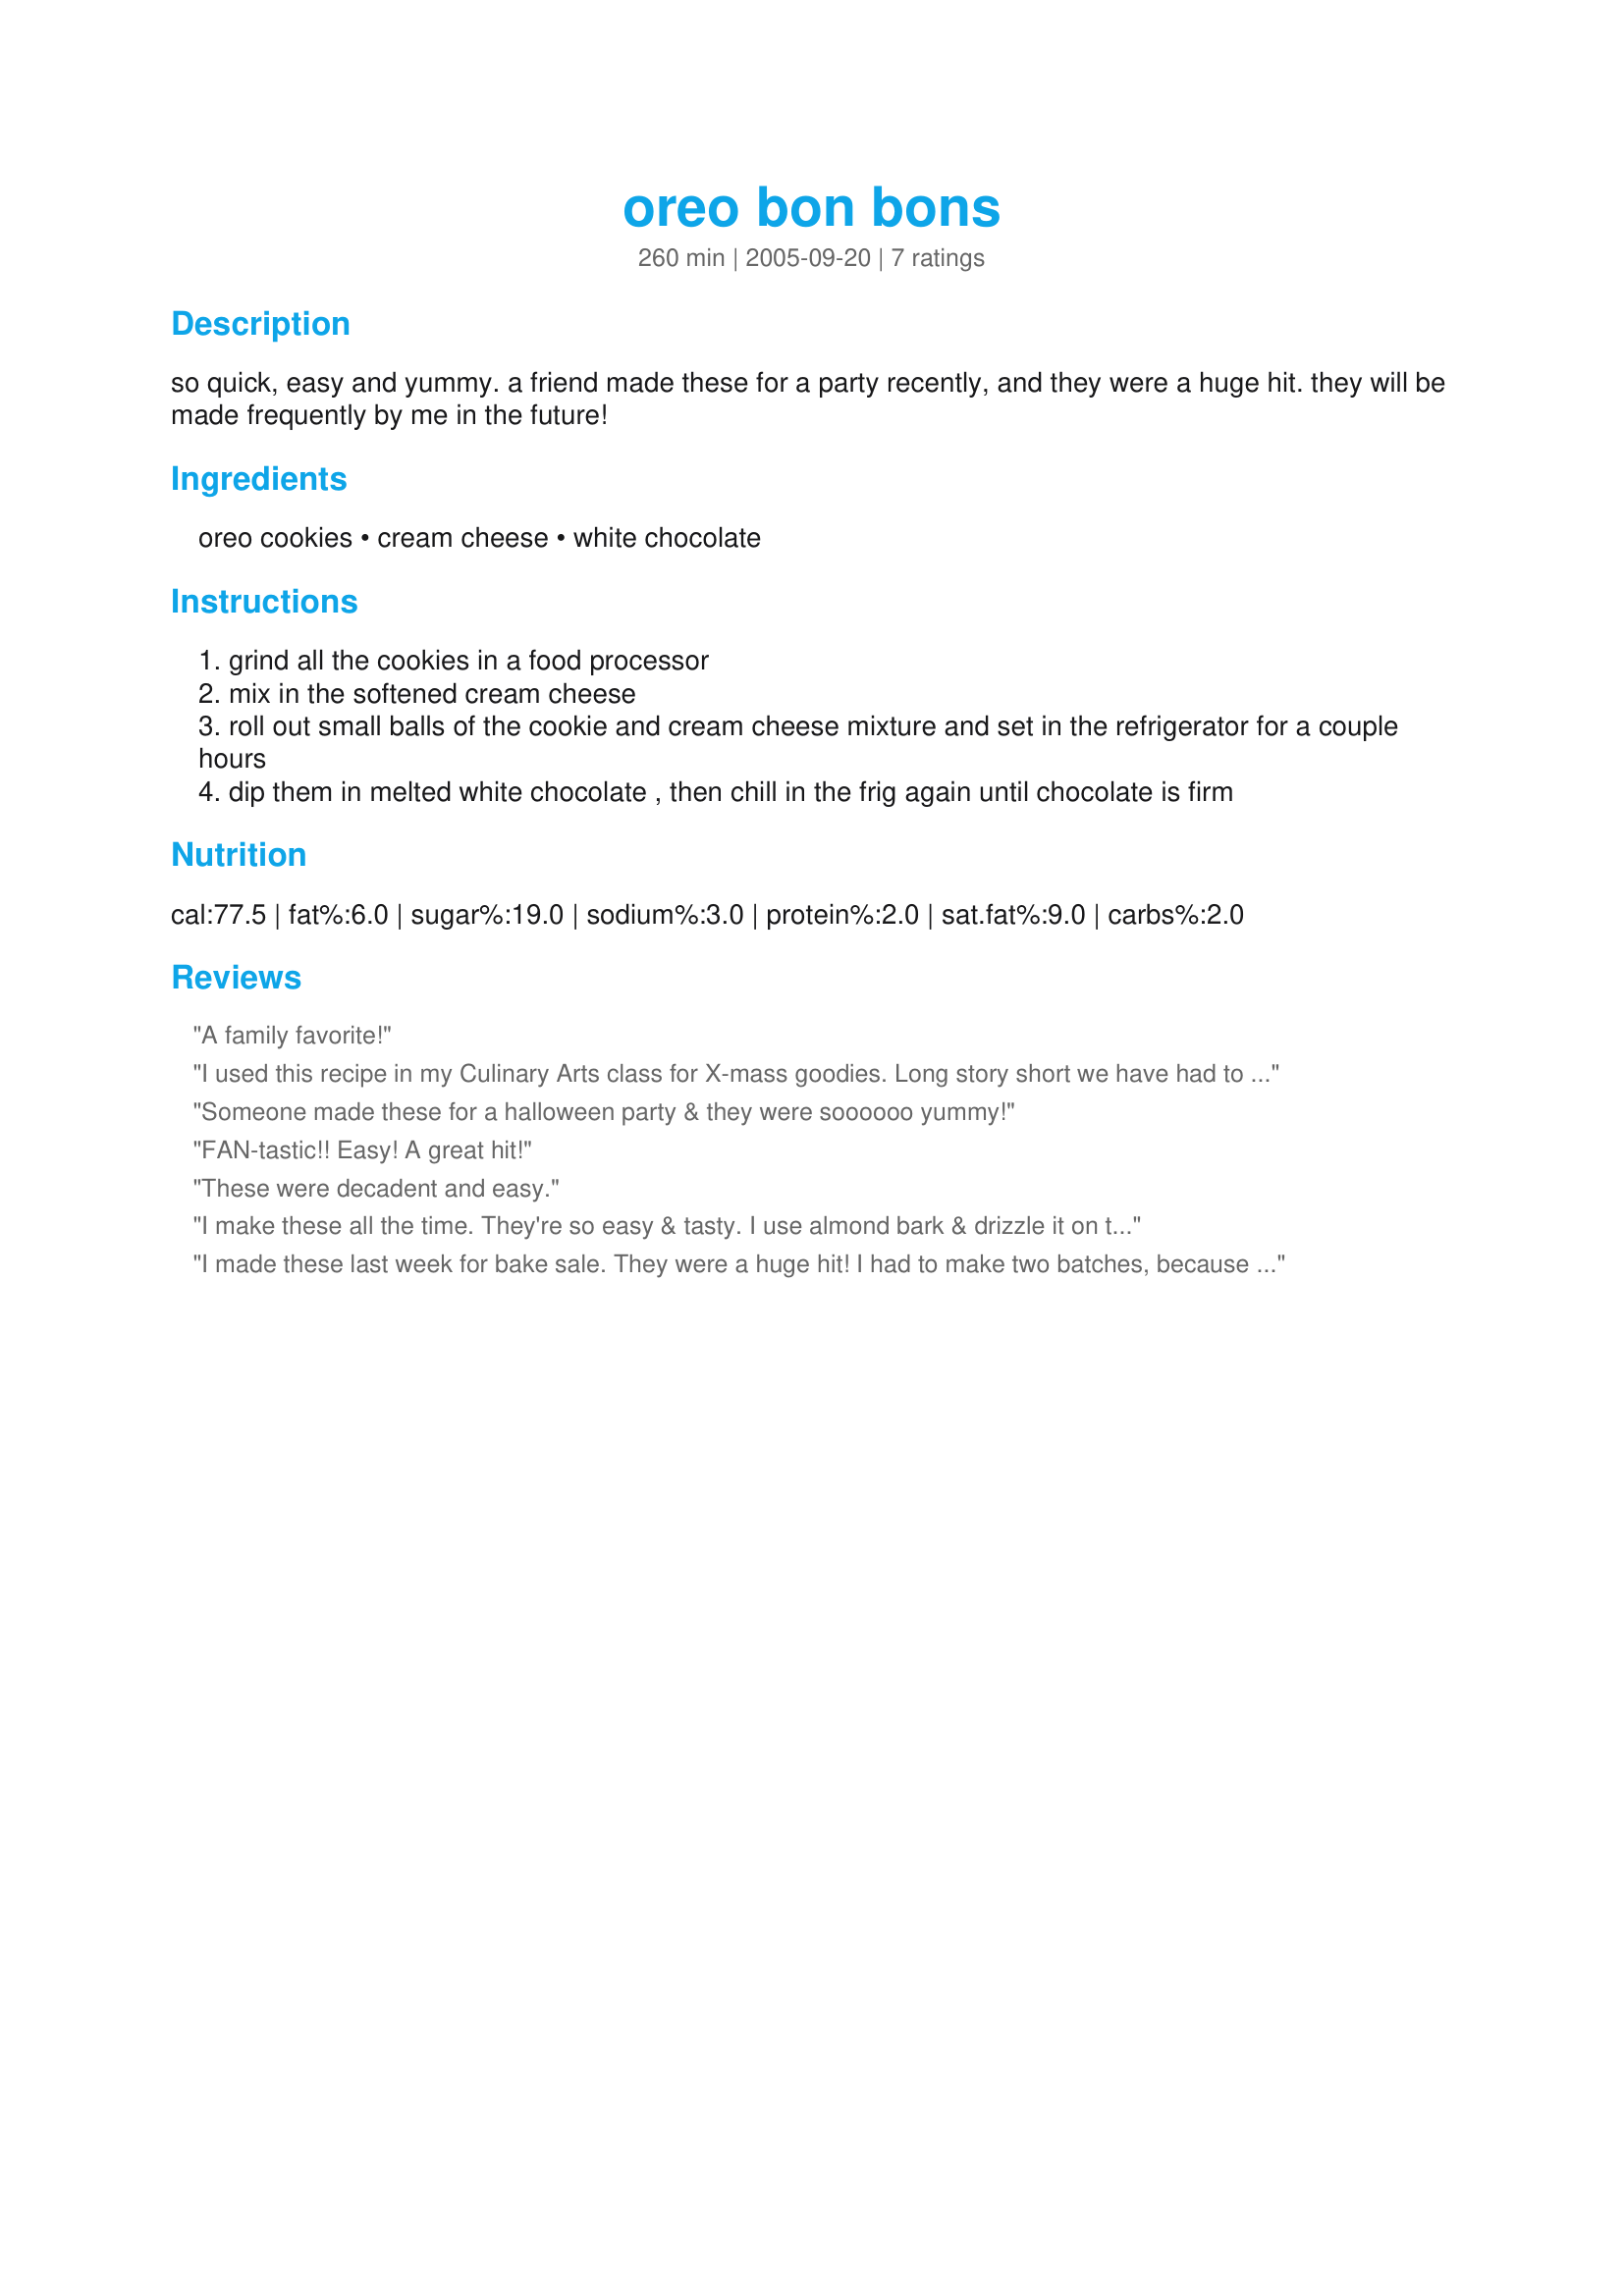
oreo bon bons
Preparation time: 260 minutes

so quick, easy and yummy. a friend made these for a party recently, and they were a huge hit. they will be made frequently by me in the future!

Ingredients:
oreo cookies, cream cheese, white chocolate

Steps:
grind all the cookies in a food processor
mix in the softened cream cheese
roll out small balls of the cookie and cream cheese mixture and set in the refrigerator for a couple hours
dip them in melted white chocolate , then chill in the frig again until chocolate is firm

Reviews:
A family favorite!
I used this recipe in my Culinary Arts class for X-mass goodies. Long story short we have had to make these every week since. Good and easy. Taste great.
Someone made these for a halloween party & they were soooooo yummy!
FAN-tastic!! Easy! A great hit!
These were decadent and easy.
I make these all the time. They're so easy & tasty. I use almond bark & drizzle it on top because I've found if I dip it instead, I feel the chocolate is too much & too rich for me.
I made these last week for bake sale. They were a huge hit! I had to make two batches, because the first one was gobbled up by my family. I've been giving this recipe to many people--there are a couple of other versions out there, but this one is the best (and the easiest)!
